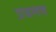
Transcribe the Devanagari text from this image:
प्रचलण